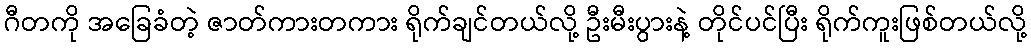
ဂီတကို အခြေခံတဲ့ ဇာတ်ကားတကား ရိုက်ချင်တယ်လို့ ဦးမီးပွားနဲ့ တိုင်ပင်ပြီး ရိုက်ကူးဖြစ်တယ်လို့